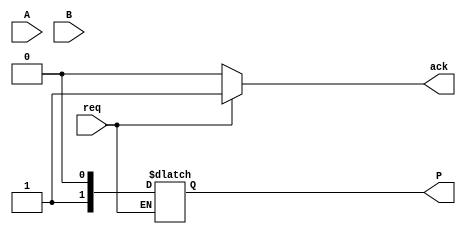
module async_wallace_tree_multiplier #(parameter N = 4) (
    input [N-1:0] A,
    input [N-1:0] B,
    input req,              // Request signal for multiplication
    output reg [2*N-1:0] P, // Product output
    output reg ack          // Acknowledge signal for completion
);

    // Stage 1: Generate partial products
    wire [N-1:0] pp[N-1:0]; // Partial products
    genvar i, j;
    generate
        for (i = 0; i < N; i = i + 1) begin : pp_gen
            for (j = 0; j < N; j = j + 1) begin : pp_and
                assign pp[i][j] = A[i] & B[j]; // AND operation
            end
        end
    endgenerate

    // Stage 2: Wallace Tree Reduction (simplified)
    wire [N-1:0] sum [N-1:0]; // Sums at each stage
    wire [N-1:0] carry [N-1:0]; // Carries at each stage

    // Initial stage (first reduction)
    genvar k;
    generate
        for (k = 0; k < N; k = k + 1) begin : first_stage
            assign {carry[k], sum[k]} = pp[k]; // Direct assignment for first stage
        end
    endgenerate

    // Further stages of reduction
    // Example for the next stage, you can expand this
    // This should actually be done in a loop fashion until we get to 2 rows
    generate
        for (k = 0; k < N-1; k = k + 1) begin : reduction_stage
            wire [2:0] inputs; // 3 inputs for full adder and others
            assign inputs = {sum[k][1], sum[k+1][1], carry[k][1]}; // Example logic
            // Full Adder Logic
            // Here you should have full adder logic
        end
    endgenerate

    // Final addition (e.g., using a simple adder for the last two rows)
    wire [2*N-1:0] final_sum; // Placeholder for final sum

    // Final product assignment (using a simple adder)
    always @(*) begin
        if (req) begin
            P = final_sum;  // Assume final_sum is calculated properly
            ack = 1;        // Signal that multiplication is done
        end else begin
            ack = 0;        // No request, no acknowledgment
        end
    end

endmodule